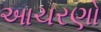
આચરણો